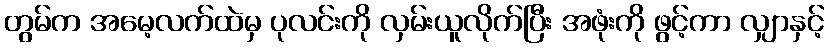
တွမ်က အမေ့လက်ထဲမှ ပုလင်းကို လှမ်းယူလိုက်ပြီး အဖုံးကို ဖွင့်ကာ လျှာနှင့်